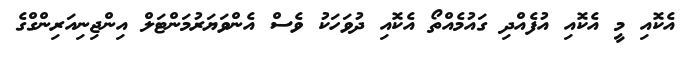
އެކޮއި މީ އެކޮއި އުފެއްދި ގައުމެއްތޯ އެކޮއި ދުވަހަކު ވެސް އެންވަޔަރުމަންޓަލް އިންޖިނިއަރިންގްގެ